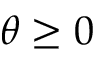
\theta \ge 0